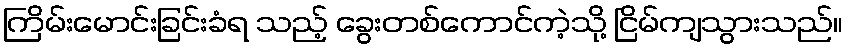
ကြိမ်းမောင်းခြင်းခံရ သည့် ခွေးတစ်ကောင်ကဲ့သို့ ငြိမ်ကျသွားသည်။